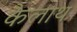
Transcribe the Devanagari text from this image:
कैलाथ